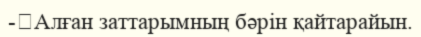
-	Алған заттарымның бәрін қайтарайын.